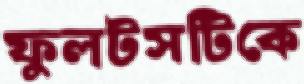
ফুলটসটিকে